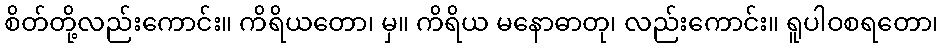
စိတ်တို့လည်းကောင်း။ ကိရိယတော၊ မှ။ ကိရိယ မနောဓာတု၊ လည်းကောင်း။ ရူပါဝစရတော၊